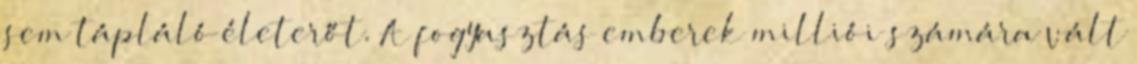
sem tápláló életerőt. A fogyasztás emberek milliói számára vált